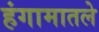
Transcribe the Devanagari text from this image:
हंगामातले